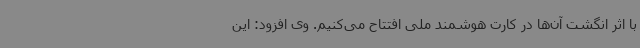
با اثر انگشت آن‌ها در کارت هوشمند ملی افتتاح می‌کنیم. وی افزود: این